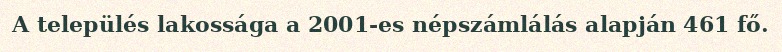
A település lakossága a 2001-es népszámlálás alapján 461 fő.